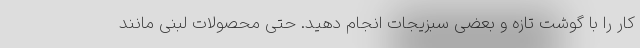
کار را با گوشت تازه و بعضی سبزیجات انجام دهید. حتی محصولات لبنی مانند